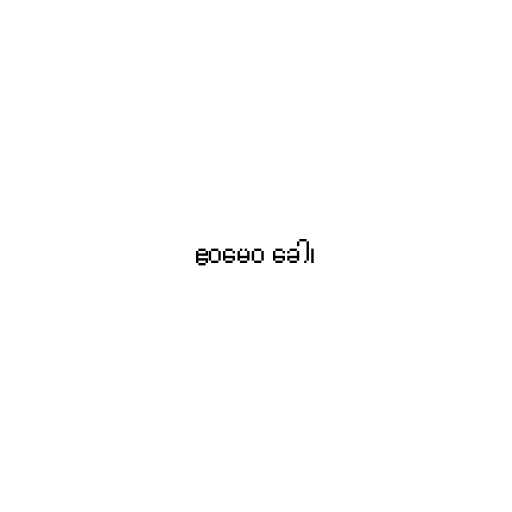
ဧဝမေဝ ခေါ၊